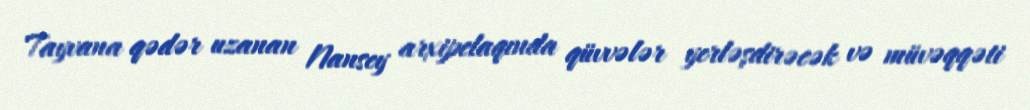
Tayvana qədər uzanan Nansey arxipelaqında qüvvələr yerləşdirəcək və müvəqqəti